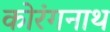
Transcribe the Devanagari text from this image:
कोरंगनाथ